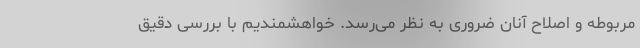
مربوطه و اصلاح آنان ضروری به نظر می‌رسد. خواهشمندیم با بررسی دقیق